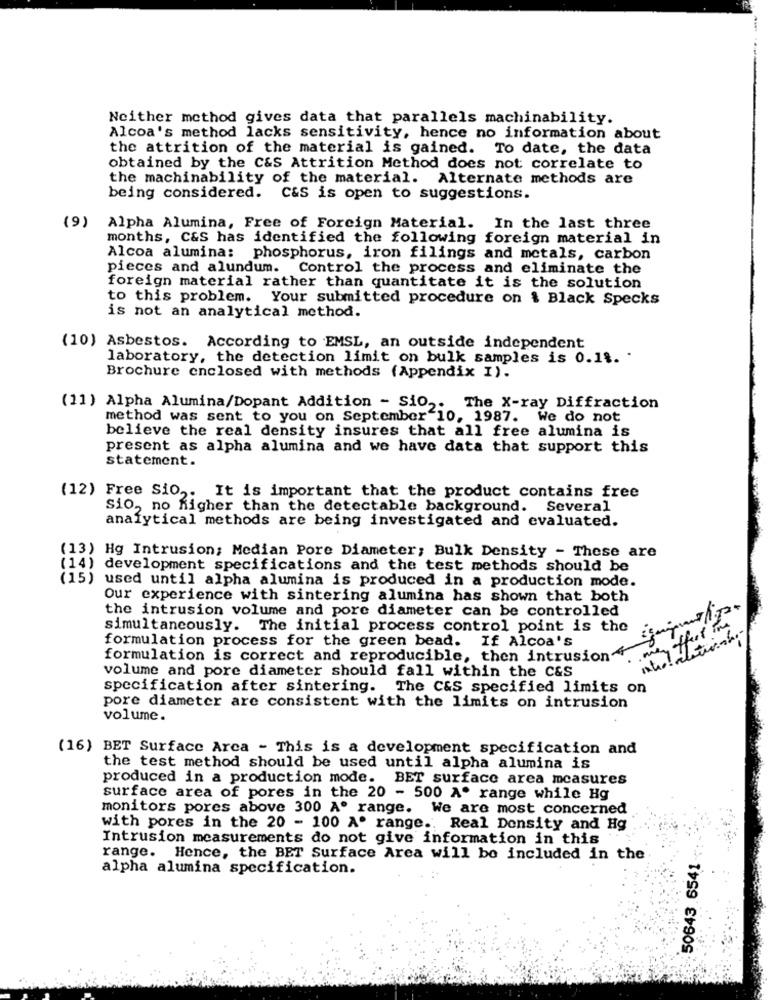
Neither method gives data that parallels machinability.
Alcoa's method lacks sensitivity, hence no information about
the attrition of the material is gained. To date, the data
obtained by the C&S Attrition Method does not correlate to
the machinability of the material. Alternate methods are
being considered. C&S is open to suggestions.
(9)
Alpha Alumina, Free of Foreign Material. In the last three
months, C&S has identified the following foreign material in
Alcoa alumina: phosphorus, iron filings and metals, carbon
pieces and alundum. Control the process and eliminate the
foreign material rather than quantitate it is the solution
to this problem. Your submitted procedure on & Black Specks
is not an analytical method.
(10) Asbestos. According to EMSL, an outside independent
laboratory, the detection limit on bulk samples is 0.18. .
Brochure enclosed with methods (Appendix I).
(11) Alpha Alumina/Dopant Addition - Sio ,. The X-ray Diffraction
method was sent to you on September 10, 1987. We do not
believe the real density insures that all free alumina is
present as alpha alumina and we have data that support this
statement.
(12) Free Sio ,. It is important that the product contains free
sio, no higher than the detectable background. Several
analytical methods are being investigated and evaluated.
(13) Hg Intrusion; Median Pore Diameter; Bulk Density - These are
(14) development specifications and the test methods should be
(15) used until alpha alumina is produced in a production mode.
Our experience with sintering alumina has shown that both
the intrusion volume and pore diameter can be controlled
simultaneously. The initial process control point is the
formulation process for the green bead.
If Alcoa's
formulation is correct and reproducible, then intrusion"
volume and pore diameter should fall within the C&S
int.
specification after sintering. The C&S specified limits on
pore diameter are consistent with the limits on intrusion
volume.
(16) BET Surface Arca - This is a development specification and
the test method should be used until alpha alumina is
produced in a production mode. BET surface area measures
surface area of pores in the 20 - 500 A. range while Hg
monitors pores above 300 Aº range. We are most concerned
with pores in the 20 - 100 A. range .. Real Density and Hg
Intrusion measurements do not give information in this
50643 .6541-
range. Hence, the BET Surface Area will be included in the
alpha alumina specification.